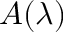
A ( \lambda )